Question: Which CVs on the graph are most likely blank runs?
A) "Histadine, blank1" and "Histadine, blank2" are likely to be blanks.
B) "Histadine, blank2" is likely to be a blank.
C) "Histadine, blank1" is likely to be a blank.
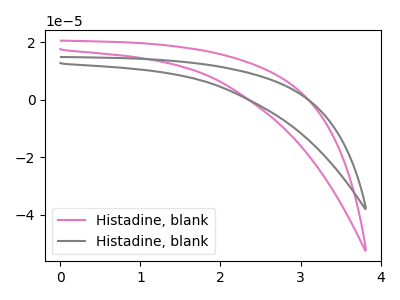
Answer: <think>The pink curve "Histadine, blank1" has no peaks. The gray curve "Histadine, blank2" has no peaks.</think>
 <answer>A) "Histadine, blank1" and "Histadine, blank2" are likely to be blanks.</answer>
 <eval>A</eval>